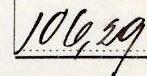
106,29